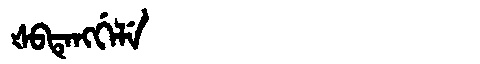
Manchu: ᡧᠪᡨᡝᠩᡤᡝᠯᡝ
Romanization: ŠBTENGGELE